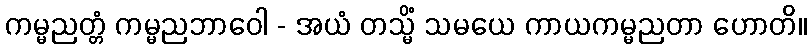
ကမ္မညတ္တံ ကမ္မညဘာဝေါ - အယံ တသ္မိံ သမယေ ကာယကမ္မညတာ ဟောတိ။